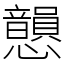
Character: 𢥫